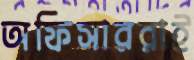
অফিসাররাই